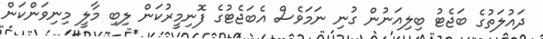
ދައުލަތުގެ ބަޖެޓު ބިލިއަނުން ގުނި ނަމަވެސް އެބަޖެޓުގެ ފޮނިމީރުކަން ލިބި މާލީ މިނިވަންކަން